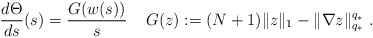
\begin{align*}\frac{d\Theta}{ds}(s)=\frac{G(w(s))}{s} \;\;\;\; G(z) := (N+1) \|z\|_1 - \|\nabla z\|_{q_*}^{q_*}\ .\end{align*}